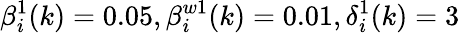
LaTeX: \beta_{i}^{1}(k)=0.05,\beta_{i}^{w1}(k)=0.01,\delta_{i}^{1}(k)=3